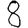
Digit: 8